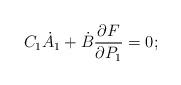
LaTeX: \begin{align*} C_1\dot{A}_1 +\dot{B}\frac{\partial F}{\partial P_1} = 0;\end{align*}